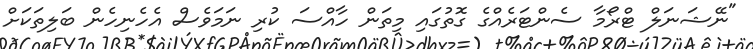
"ނޭޝަނަލް ޓްރޯމާ ސެންޓަރެއްގެ ގޮތުގައި މިތަން ހާއްސަ ކުރި ނަމަވެސް އެހެނިހެން ބަލިތަކަށް